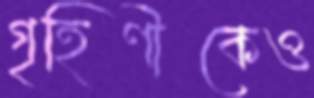
গৃহিণীকেও